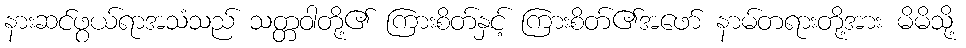
နားဆင်ဖွယ်ရာအသံသည် သတ္တဝါတို့၏ ကြားစိတ်နှင့် ကြားစိတ်၏အဖော် နာမ်တရားတို့အား မိမိသို့